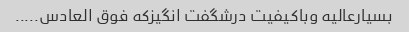
بسیارعالیه وباکیفیت درشگفت انگیزکه فوق العادس.....